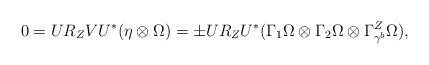
LaTeX: \begin{align*}0=UR_ZVU^*(\eta \otimes \Omega)=\pm UR_ZU^*(\Gamma_1 \Omega \otimes \Gamma_2 \Omega \otimes \Gamma^Z_{\gamma^b} \Omega),\end{align*}